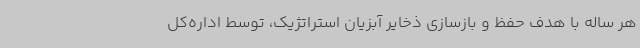
هر ساله با هدف حفظ و بازسازی ذخایر آبزیان استراتژیک، توسط اداره‌کل